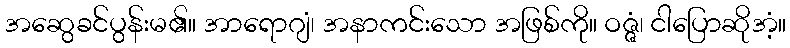
အဆွေခင်ပွန်းမ၏။ အာရောဂျံ၊ အနာကင်းသော အဖြစ်ကို။ ဝဇ္ဇံ၊ ငါပြောဆိုအံ့။